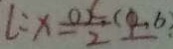
l : x = \frac { O x } { 2 } ( 0 \cdot b )